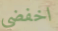
اخفضي